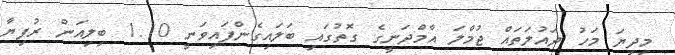
މިދިޔަ މަހު ދައުލަތައް ޖުމްލަ އާމްދަނީގެ ގޮތުގައި ބަލައިގެންފައިވަނީ 1.10 ބިލިއަން ރުފިޔާ